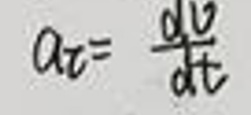
$a _ { t } = \frac { d v } { d t }$